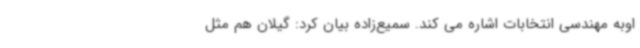
اوبه مهندسی انتخابات اشاره می کند. سمیع‌زاده بیان کرد: گیلان هم مثل